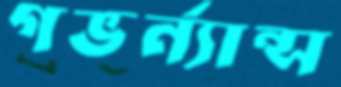
গভর্ন্যান্স